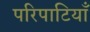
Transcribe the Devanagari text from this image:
परिपाटियाँ